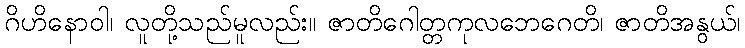
ဂိဟိနောဝါ၊ လူတို့သည်မူလည်း။ ဇာတိဂေါတ္တကုလဘေဂေတိ၊ ဇာတိအနွယ်၊